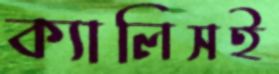
ক্যালিসই